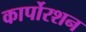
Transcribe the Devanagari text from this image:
कार्पोरशन